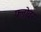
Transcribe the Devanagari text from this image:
फ्लोवर